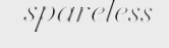
spareless